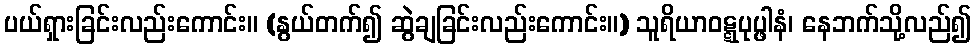
ပယ်ရှားခြင်းလည်းကောင်း။ (နွယ်တက်၍ ဆွဲချခြင်းလည်းကောင်း။) သူရိယာဝဋ္ဋပုပ္ဖါနံ၊ နေဘက်သို့လည်၍